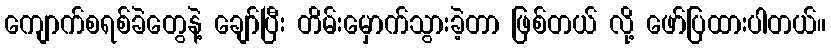
ကျောက်စရစ်ခဲတွေနဲ့ ချော်ပြီး တိမ်းမှောက်သွားခဲ့တာ ဖြစ်တယ် လို့ ဖော်ပြထားပါတယ်။